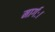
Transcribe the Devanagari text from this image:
मार्गः।